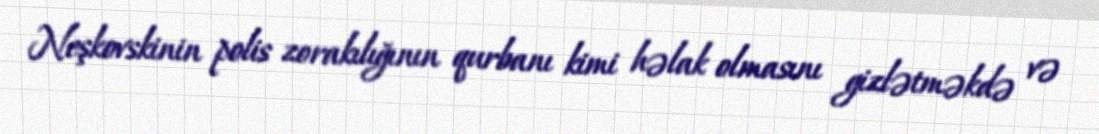
Neşkovskinin polis zorakılığının qurbanı kimi həlak olmasını gizlətməkdə və